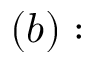
( b ) :